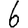
Digit: 6